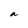
Character: a